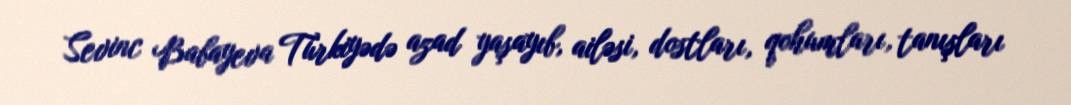
Sevinc Babayeva Türkiyədə azad yaşayıb, ailəsi, dostları, qohumları, tanışları